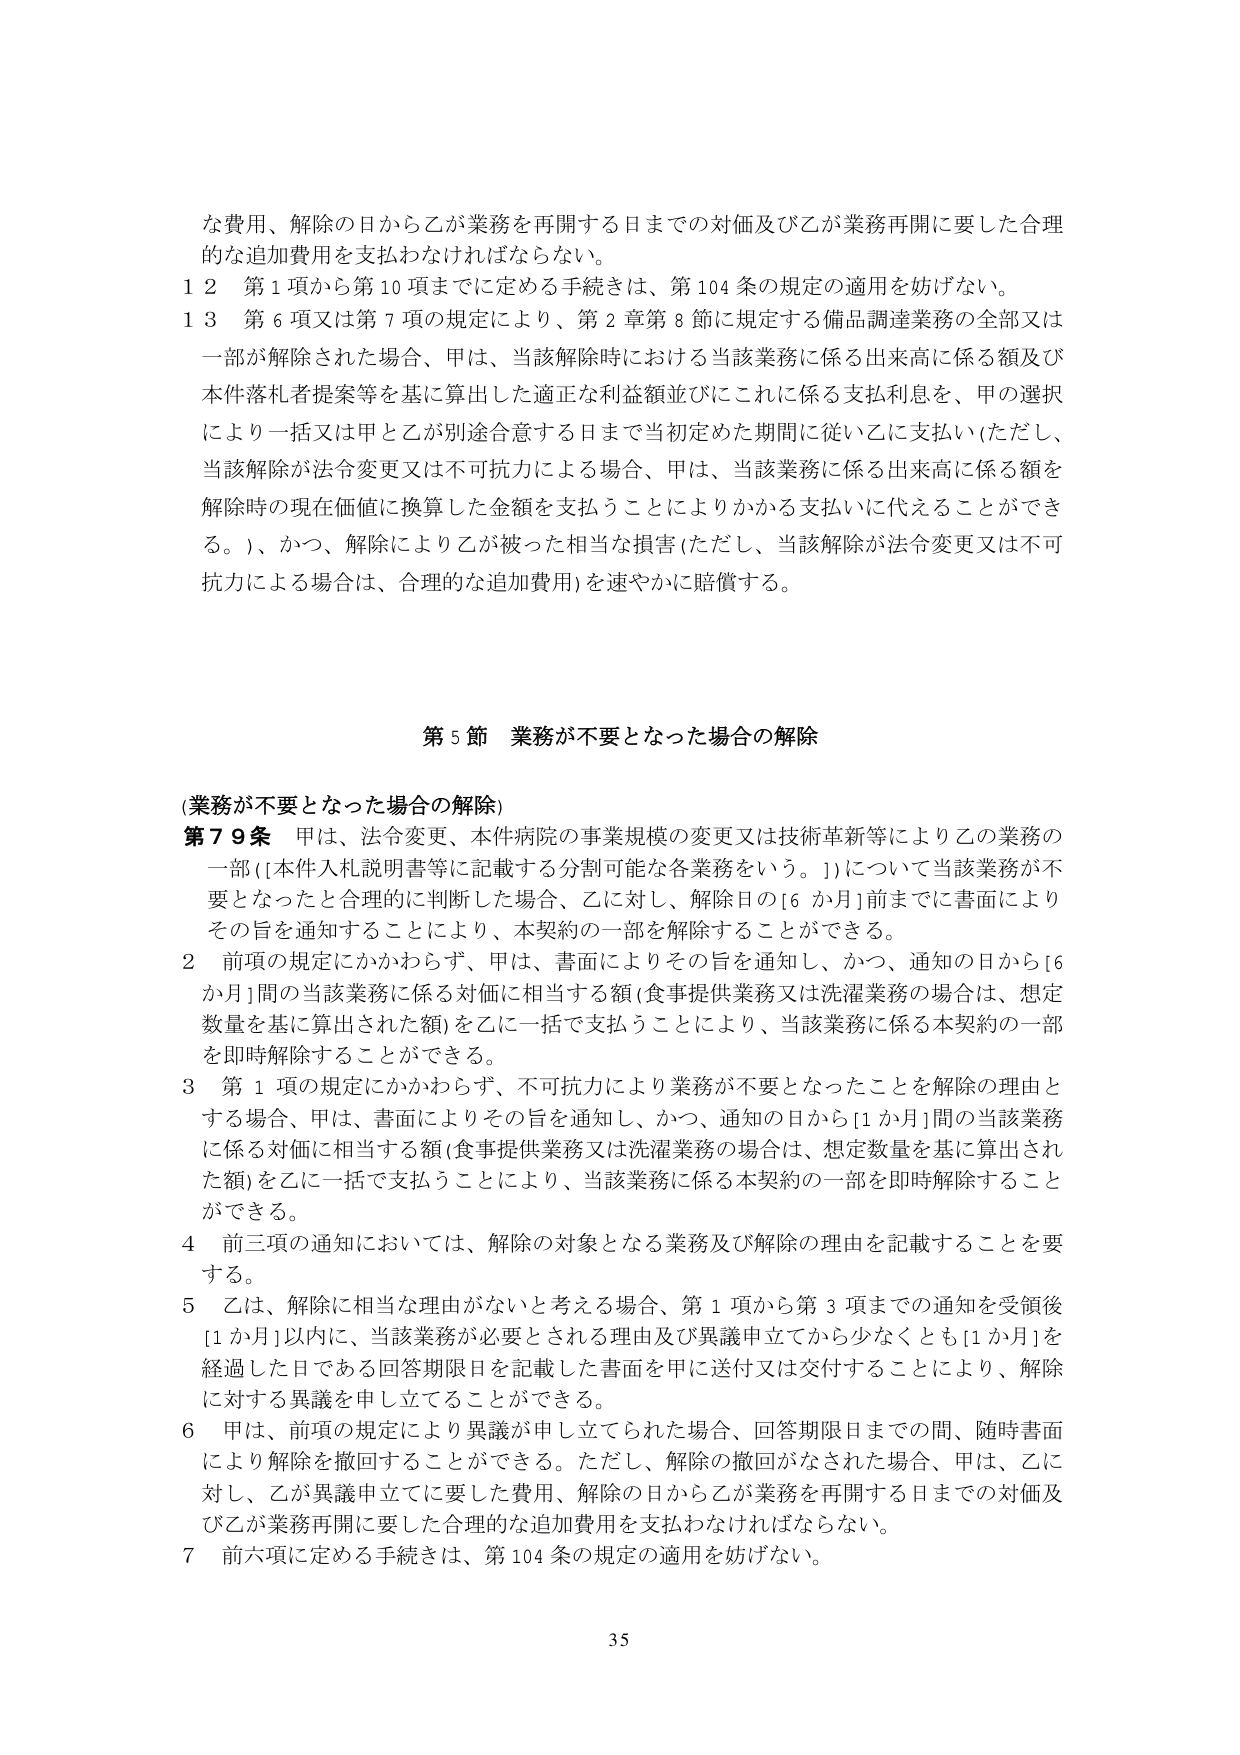
な費用、解除の日から乙が業務を再開する日までの対価及び乙が業務再開に要した合理的な追加費用を支払わなければならない。

１２ 第１項から第１０項までに定める手続きは、第１０４条の規定の適用を妨げない。

１３ 第６項又は第７項の規定により、第２章第８節に規定する備品調達業務の全部又は一部が解除された場合、甲は、当該解除時における当該業務に係る出来高に係る額及び本件落札者提案等を基に算出した適正な利益額並びにこれに係る支払利息を、甲の選択により一括又は甲と乙が別途合意する日まで当初定めた期間に従い乙に支払い（ただし、当該解除が法令変更又は不可抗力による場合、甲は、当該業務に係る出来高に係る額を解除時の現在価値に換算した金額を支払うことによりかかる支払いに代えることができる。）、かつ、解除により乙が被った相当な損害（ただし、当該解除が法令変更又は不可抗力による場合は、合理的な追加費用）を速やかに賠償する。

第５節 業務が不要となった場合の解除

（業務が不要となった場合の解除）

第７９条 甲は、法令変更、本件病院の事業規模の変更又は技術革新等により乙の業務の一部（［本件入札説明書等に記載する分割可能な各業務をいう。］）について当該業務が不要となったと合理的に判断した場合、乙に対し、解除日の［６か月］前までに書面によりその旨を通知することにより、本契約の一部を解除することができる。

２ 前項の規定にかかわらず、甲は、書面によりその旨を通知し、かつ、通知の日から［６か月］間の当該業務に係る対価に相当する額（食事提供業務又は洗濯業務の場合は、想定数量を基に算出された額）を乙に一括で支払うことにより、当該業務に係る本契約の一部を即時解除することができる。

３ 第１項の規定にかかわらず、不可抗力により業務が不要となったことを解除の理由とする場合、甲は、書面によりその旨を通知し、かつ、通知の日から［１か月］間の当該業務に係る対価に相当する額（食事提供業務又は洗濯業務の場合は、想定数量を基に算出された額）を乙に一括で支払うことにより、当該業務に係る本契約の一部を即時解除することができる。

４ 前三項の通知においては、解除の対象となる業務及び解除の理由を記載することを要する。

５ 乙は、解除に相当な理由がないと考える場合、第１項から第３項までの通知を受領後［１か月］以内に、当該業務が必要とされる理由及び異議申立てから少なくとも［１か月］を経過した日である回答期限日を記載した書面を甲に送付又は交付することにより、解除に対する異議を申し立てることができる。

６ 甲は、前項の規定により異議が申し立てられた場合、回答期限日までの間、随時書面により解除を撤回することができる。ただし、解除の撤回がなされた場合、甲は、乙に対し、乙が異議申立てに要した費用、解除の日から乙が業務を再開する日までの対価及び乙が業務再開に要した合理的な追加費用を支払わなければならない。

７ 前六項に定める手続きは、第１０４条の規定の適用を妨げない。

35